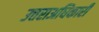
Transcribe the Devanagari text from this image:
उत्तराअधिकारी